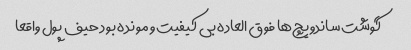
گوشت ساندویچ‌ها فوق العاده بی کیفیت و مونده بود حیف پول واقعا